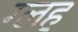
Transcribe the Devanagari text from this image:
ग्लह